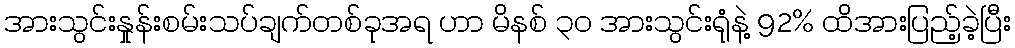
အားသွင်းနှုန်းစမ်းသပ်ချက်တစ်ခုအရ ဟာ မိနစ် ၃၀ အားသွင်းရုံနဲ့ 92% ထိအားပြည့်ခဲ့ပြီး